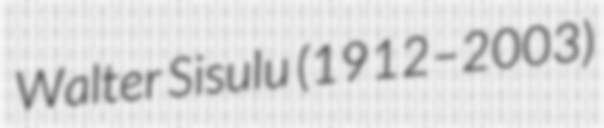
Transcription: Walter Sisulu (1912–2003)